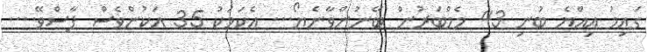
ގައިމު އިއްޔެ ބުނި 43 މެމްބަރުން ބޭނުންވާނެޔޯ... އެކަމަކު 35 އަކުންވެސް ފާސްވޭ....